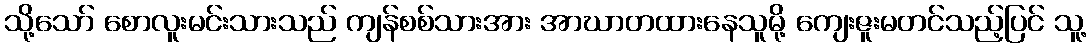
သို့သော် စောလူးမင်းသားသည် ကျန်စစ်သားအား အာဃာတထားနေသူမို့ ကျေးဇူးမတင်သည့်ပြင် သူ့